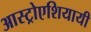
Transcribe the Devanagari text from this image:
आस्ट्रोएशियायी